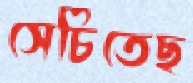
সেচিতেছ